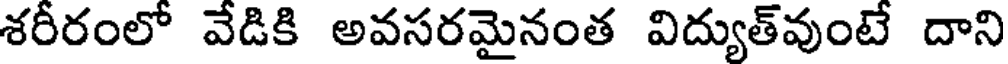
శరీరంలో వేడికి అవసరమైనంత విద్యుత్వుంటే దాని